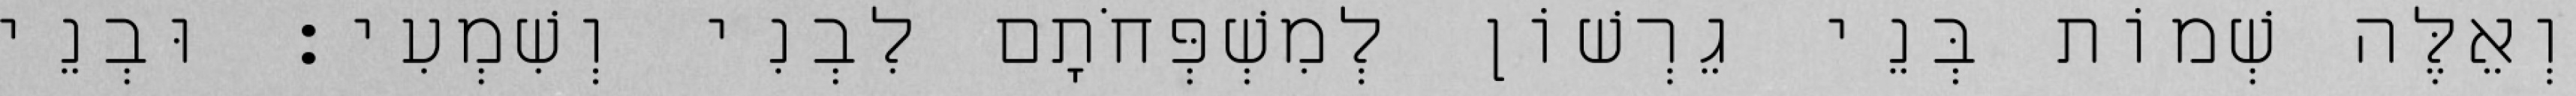
וְאֵלֶּה שְׁמוֹת בְּנֵי גֵרְשׁוֹן לְמִשְׁפְּחֹתָם לִבְנִי וְשִׁמְעִי׃ וּבְנֵי